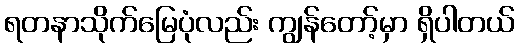
ရတနာသိုက်မြေပုံလည်း ကျွန်တော့်မှာ ရှိပါတယ်